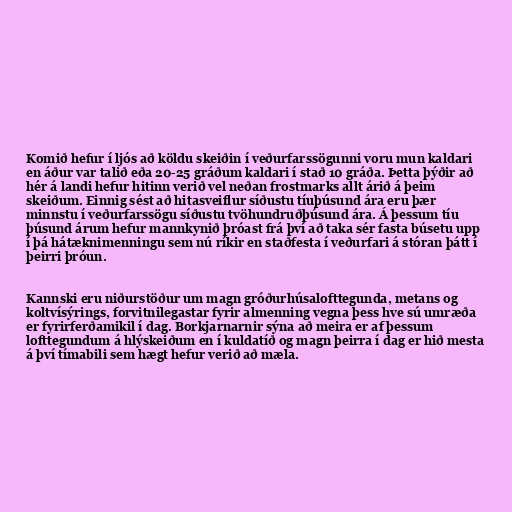
Komið hefur í ljós að köldu skeiðin í veðurfarssögunni voru mun kaldari
en áður var talið eða 20-25 gráðum kaldari í stað 10 gráða. Þetta þýðir að
hér á landi hefur hitinn verið vel neðan frostmarks allt árið á þeim
skeiðum. Einnig sést að hitasveiflur síðustu tíuþúsund ára eru þær
minnstu í veðurfarssögu síðustu tvöhundruðþúsund ára. Á þessum tíu
þúsund árum hefur mannkynið þróast frá því að taka sér fasta búsetu upp
í þá hátæknimenningu sem nú ríkir en staðfesta í veðurfari á stóran þátt í
þeirri þróun.

Kannski eru niðurstöður um magn gróðurhúsalofttegunda, metans og
koltvísýrings, forvitnilegastar fyrir almenning vegna þess hve sú umræða
er fyrirferðamikil í dag. Borkjarnarnir sýna að meira er af þessum
lofttegundum á hlýskeiðum en í kuldatíð og magn þeirra í dag er hið mesta
á því tímabili sem hægt hefur verið að mæla.